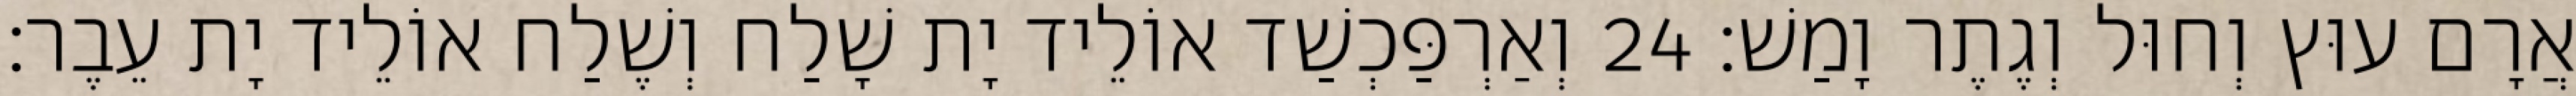
אֲרָם עוּץ וְחוּל וְגֶתֶר וָמַשׁ׃ 24 וְאַרְפַּכְשַׁד אוֹלֵיד יָת שָׁלַח וְשֶׁלַח אוֹלֵיד יָת עֵבֶר׃